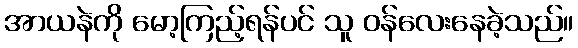
အာယနဲကို မော့ကြည့်ရန်ပင် သူ ဝန်လေးနေခဲ့သည်။